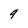
Character: 9